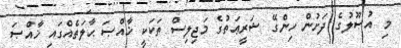
މި އުޞޫލުގެ ދަށުން ހިންގޭ ޝަރީޢަތުގެ މަޖިލިސް ތަކަކީ ޚާއްޞަ ޙާލަތެއްގައި ޚާއްޞަ